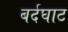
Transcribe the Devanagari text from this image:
बर्दघाट